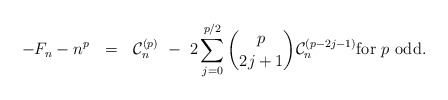
\begin{align*} - F_n - n^p \ \ = \ \ \mathcal{C}_n^{(p)} \ - \ 2\sum_{j=0}^{p/2} \binom{p}{2j+1} \mathcal{C}_n^{(p-2j-1)} \mbox{for $p$ odd}.\end{align*}